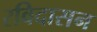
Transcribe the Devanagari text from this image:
रविदासन